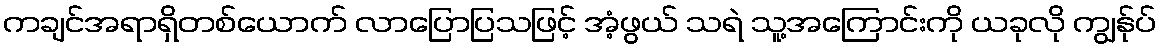
ကချင်အရာရှိတစ်ယောက် လာပြောပြသဖြင့် အံ့ဖွယ် သရဲ သူ့အကြောင်းကို ယခုလို ကျွန်ုပ်